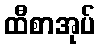
ထီစာအုပ်